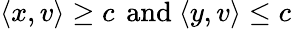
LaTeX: \langle x,v\rangle\geq c\, {\mathrm{~and~}}\langle y,v\rangle\leq c